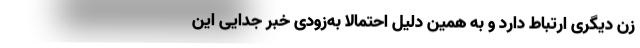
زن دیگری ارتباط دارد و به همین دلیل احتمالا به‌زودی خبر جدایی این